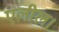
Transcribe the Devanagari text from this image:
एलील।